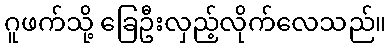
ဂူဖက်သို့ ခြေဦးလှည့်လိုက်လေသည်။